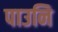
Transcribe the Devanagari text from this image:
पाउनि